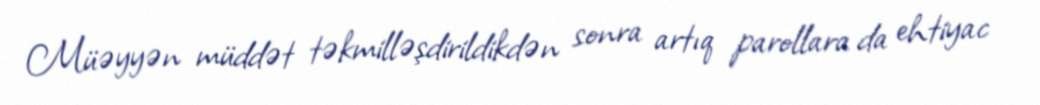
Müəyyən müddət təkmilləşdirildikdən sonra artıq parollara da ehtiyac